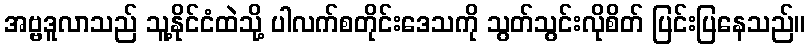
အဗ္ဗဒူလာသည် သူ့နိုင်ငံထဲသို့ ပါလက်စတိုင်းဒေသကို သွတ်သွင်းလိုစိတ် ပြင်းပြနေသည်။